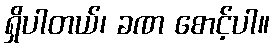
ရှိပါတယ်၊ ခဏ စောင့်ပါ။